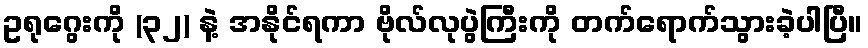
ဥရုဂွေးကို (၃၂) နဲ့ အနိုင်ရကာ ဗိုလ်လုပွဲကြီးကို တက်ရောက်သွားခဲ့ပါပြီ။